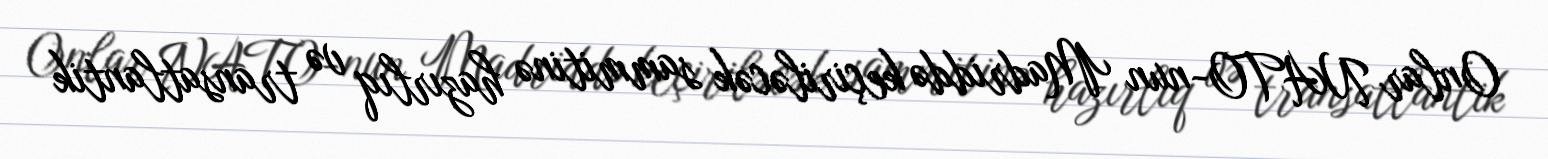
Onlar NATO-nun Madriddə keçiriləcək sammitinə hazırlıq və transatlantik